65_HS1-834228961_62-HQ-83894_Section_7
Agency: FBI
Page 32
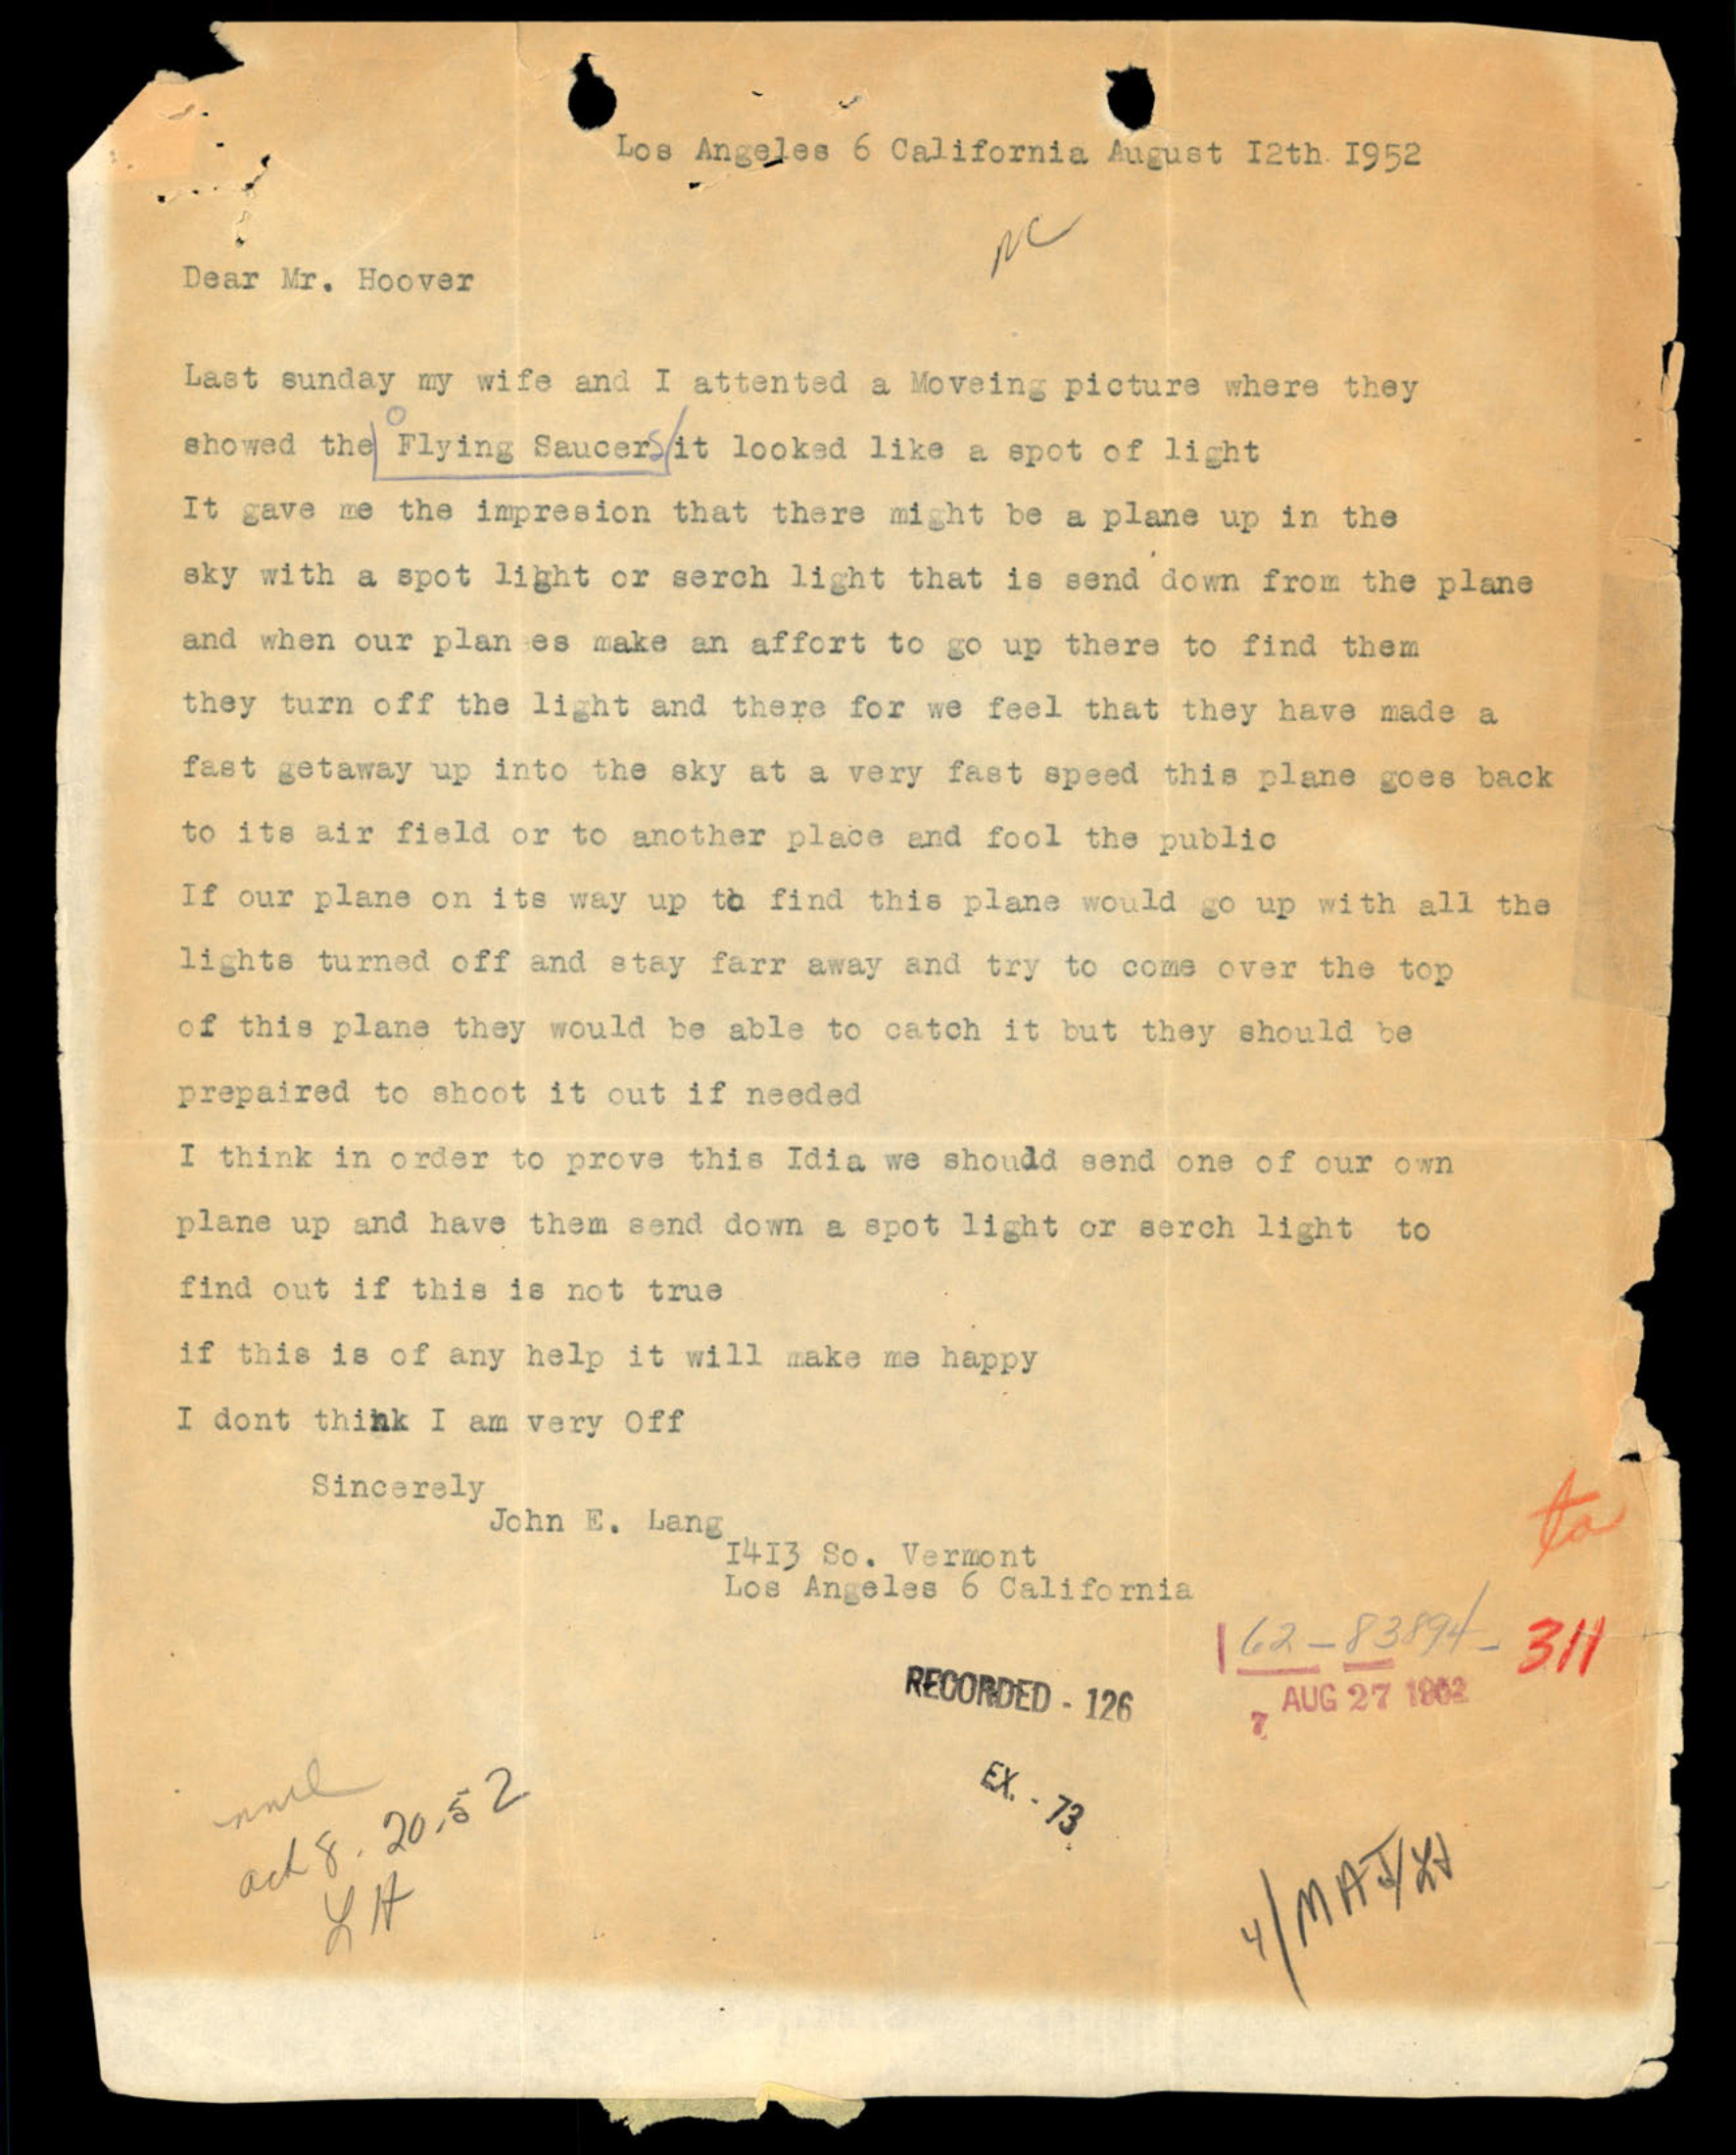